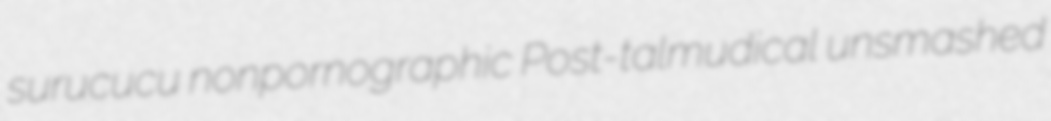
surucucu nonpornographic Post-talmudical unsmashed